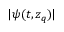
| \psi ( t , z _ { q } ) |